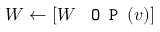
W \leftarrow [ W \, \, \texttt { O P } ( v ) ]